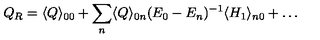
Q _ { R } = \langle Q \rangle _ { 0 0 } + \sum _ { n } \langle Q \rangle _ { 0 n } ( E _ { 0 } - E _ { n } ) ^ { - 1 } \langle H _ { 1 } \rangle _ { n 0 } + \dots